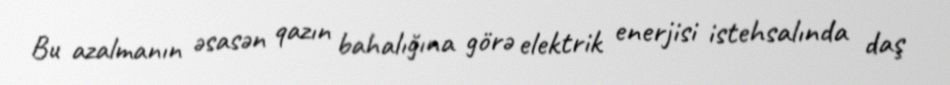
Bu azalmanın əsasən qazın bahalığına görə elektrik enerjisi istehsalında daş